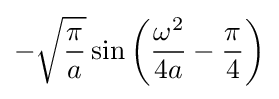
-{\sqrt {\frac {\pi }{a}}}\sin \left({\frac {\omega ^{2}}{4a}}-{\frac {\pi }{4}}\right)